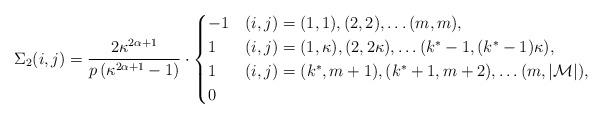
LaTeX: \begin{align*}\Sigma_2(i,j) = \frac{2\kappa^{2\alpha+1}}{p\left(\kappa^{2\alpha+1}-1\right)} \cdot\begin{cases} -1 & (i,j) = (1,1), (2,2), \ldots (m,m), \\ 1 & (i,j) = (1,\kappa), (2,2\kappa), \ldots (k^*-1,(k^*-1)\kappa), \\1 & (i,j) = (k^*,m+1), (k^*+1,m+2), \ldots (m,|\mathcal{M}|), \\0 & \end{cases}\end{align*}